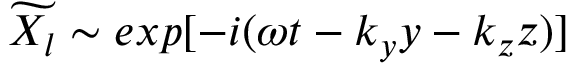
\widetilde { X _ { l } } \sim e x p [ - i ( \omega t - k _ { y } y - k _ { z } z ) ]